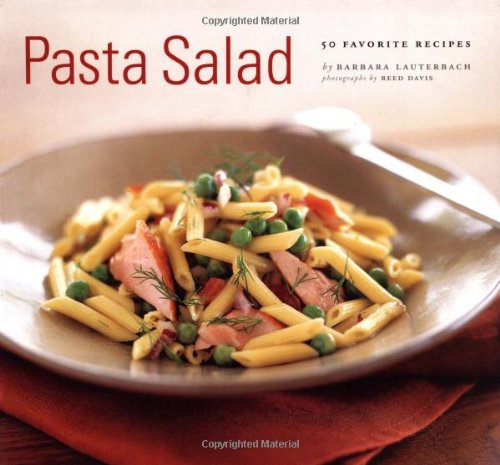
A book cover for Pasta Salad: 50 Favorite Recipes; Barbara Lauterbach; Cookbooks, Food & Wine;